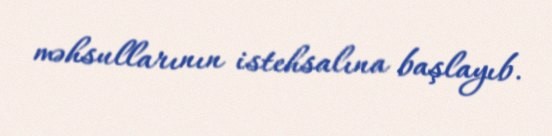
məhsullarının istehsalına başlayıb.